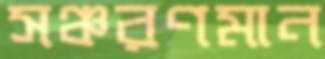
সঞ্চরণমান